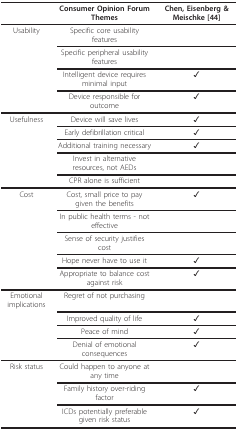
|  | Consumer Opinion Forum Themes | Chen, Eisenberg & Meischke [44] |
 | --- | --- | --- |
 | Usability | Specific core usability features |  |
 |  | Specific peripheral usability features |  |
 |  | Intelligent device requires minimal input | ✓ |
 |  | Device responsible for outcome | ✓ |
 | Usefulness | Device will save lives | ✓ |
 |  | Early defibrillation critical | ✓ |
 |  | Additional training necessary | ✓ |
 |  | Invest in alternative resources, not AEDs |  |
 |  | CPR alone is sufficient |  |
 | Cost | Cost, small price to pay given the benefits | ✓ |
 |  | In public health terms - not effective |  |
 |  | Sense of security justifies cost |  |
 |  | Hope never have to use it | ✓ |
 |  | Appropriate to balance cost against risk | ✓ |
 | Emotional implications | Regret of not purchasing |  |
 |  | Improved quality of life | ✓ |
 |  | Peace of mind | ✓ |
 |  | Denial of emotional consequences | ✓ |
 | Risk status | Could happen to anyone at any time |  |
 |  | Family history over-riding factor | ✓ |
 |  | ICDs potentially preferable given risk status | ✓ |